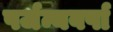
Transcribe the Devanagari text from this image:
पर्जन्यवर्षा